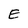
Character: E